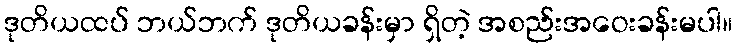
ဒုတိယထပ် ဘယ်ဘက် ဒုတိယခန်းမှာ ရှိတဲ့ အစည်းအဝေးခန်းမပါ။